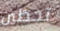
تحظين